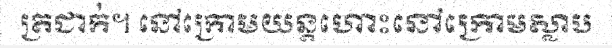
ត្រជាក់។ នៅក្រោមយន្តហោះនៅក្រោមស្លាប